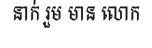
នាក់ រួម មាន លោក